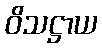
ဝိသဋ္ဌာယ